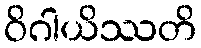
ဝိဂါယိဿတိ